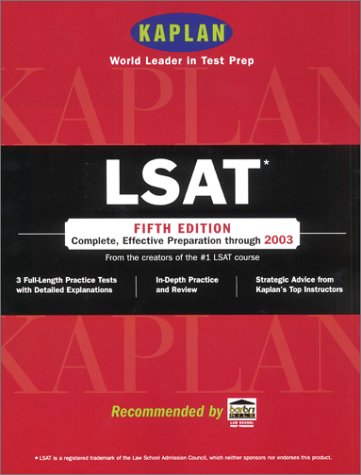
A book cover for Kaplan LSAT, Fifth Edition: Higher Score Guaranteed (Lsat (Kaplan)); Kaplan; Test Preparation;